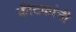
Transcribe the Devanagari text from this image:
कीटकांनी